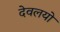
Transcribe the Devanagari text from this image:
देवलयों